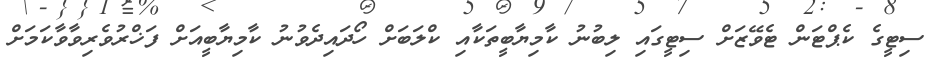
ސިޓީގެ ކެޕްޓަން ޓެވޭޒަށް ސިޓީގައި ލިބުނު ކާމިޔާބީތަކާއި ކްލަބަށް ހޯދައިދެވުނު ކާމިޔާބީއަށް ފަޚްރުވެރިވާވާކަމަށް